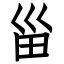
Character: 甾